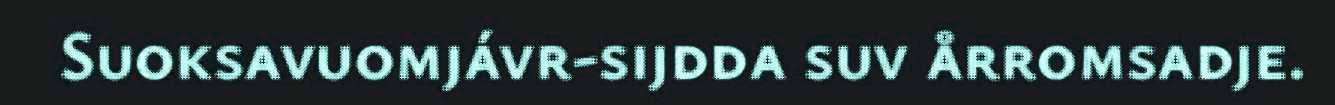
Suoksavuomjávr-sijdda suv årromsadje.